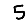
Digit: 5